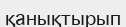
қанықтырып